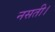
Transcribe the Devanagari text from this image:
नसती।